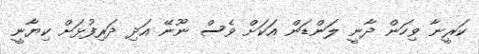
ކަރީނާ ވިހަން ދާނީ ލަންޑަން އަކަށް ވެސް ނޫނޭ އަދި ދަރިފުޅަށް ކިޔާނީ